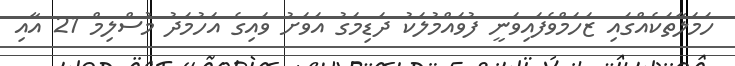
ހަމަލާތަކެއްގައި ޒަހަމްވެފައިވަނީ ފުވައްމުލަކު ދަޑިމަގު އަވަށު ވައިގެ އަހުމަދު މުސްލިމް 21 އާއި